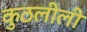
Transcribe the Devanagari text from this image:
कुठलीली